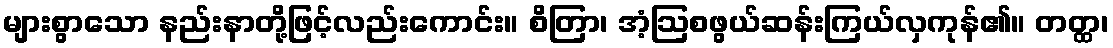
များစွာသော နည်းနာတို့ဖြင့်လည်းကောင်း။ စိတြာ၊ အံ့ဩစဖွယ်ဆန်းကြယ်လှကုန်၏။ တတ္ထ၊